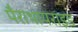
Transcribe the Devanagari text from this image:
पैराथायराइड